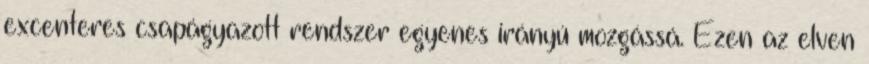
excenteres csapágyazott rendszer egyenes irányú mozgássá. Ezen az elven